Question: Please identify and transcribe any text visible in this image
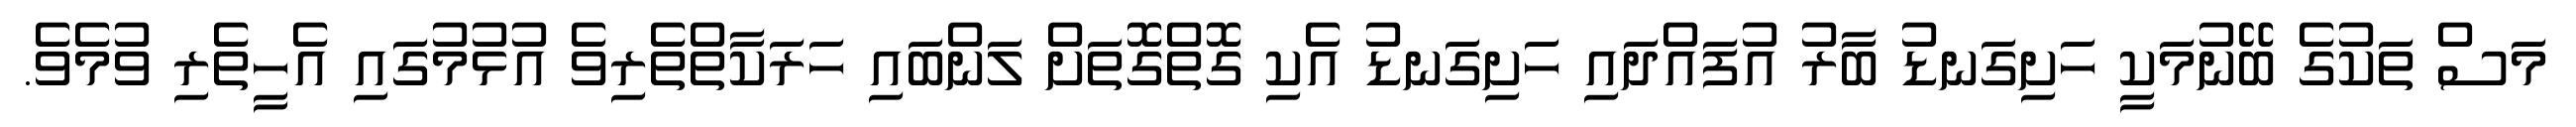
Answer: މަސް ތަކުގެ ބޭނުމަކީ ހަށިގަނޑު ބާރު އުފައްދައި ހަށިގަނޑު އެކި ގޮތްގޮތަށް ލަންބައި ހަރަކާތްތެރިވެ އުޅުމުގައި އެހީތެރި ވުމެވެ.